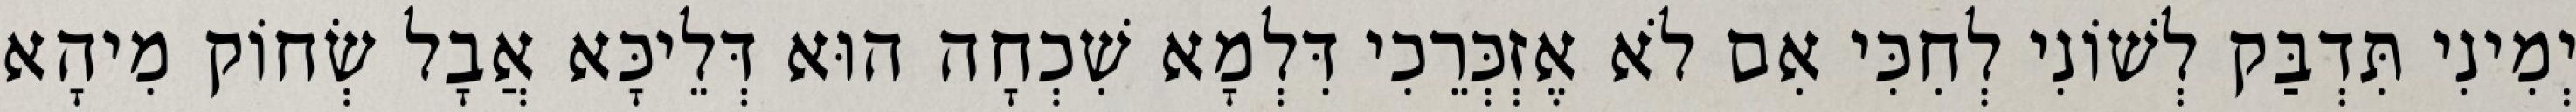
יְמִינִי תִּדְבַּק לְשׁוֹנִי לְחִכִּי אִם לֹא אֶזְכְּרֵכִי דִּלְמָא שִׁכְחָה הוּא דְּלֵיכָּא אֲבָל שְׂחוֹק מִיהָא